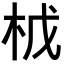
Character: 𭩤